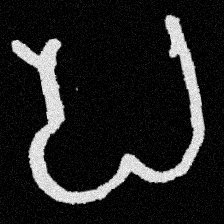
Pyu character \u2014 Myanmar letter: ပ (romanized: pa)